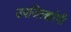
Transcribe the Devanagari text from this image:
उपजिल्ह्यांची